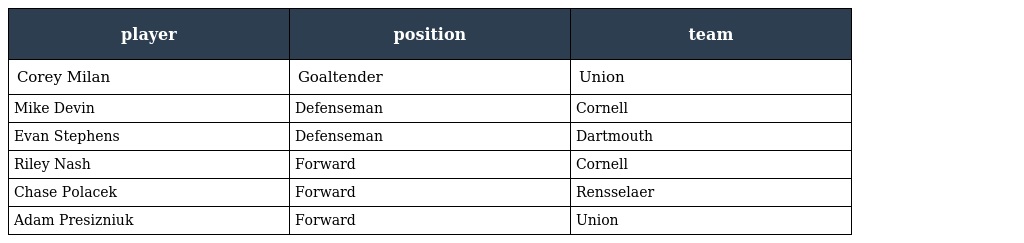
| player | position | team |
 | --- | --- | --- |
 | Corey Milan | Goaltender | Union |
 | Mike Devin | Defenseman | Cornell |
 | Evan Stephens | Defenseman | Dartmouth |
 | Riley Nash | Forward | Cornell |
 | Chase Polacek | Forward | Rensselaer |
 | Adam Presizniuk | Forward | Union |